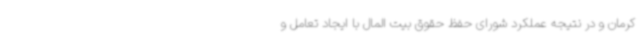
کرمان و در نتیجه عملکرد شورای حفظ حقوق بیت المال با ایجاد تعامل و